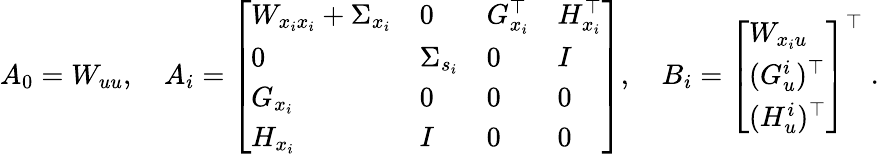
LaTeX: A_{0}=W_{uu},\quad A_{i}=\left[\begin{array}{llll}{W_{x_{i}x_{i}}+\Sigma_{x_{i}}}&{0}&{G_{x_{i}}^{\top}}&{H_{x_{i}}^{\top}}\\ {0}&{\Sigma_{s_{i}}}&{0}&{I}\\ {G_{x_{i}}}&{0}&{0}&{0}\\ {H_{x_{i}}}&{I}&{0}&{0}\end{array}\right],\quad B_{i}=\left[\begin{array}{l}{W_{x_{i}u}}\\ {(G_{u}^{i})^{\top}}\\ {(H_{u}^{i})^{\top}}\end{array}\right]^{\top}\; .